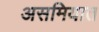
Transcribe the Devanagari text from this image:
असमियात